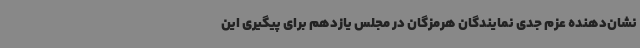
نشان‌دهنده عزم جدی نمایندگان هرمزگان در مجلس یازدهم برای پیگیری این